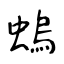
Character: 螐